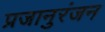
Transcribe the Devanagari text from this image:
प्रजानुरंजन